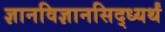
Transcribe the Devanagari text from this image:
ज्ञानविज्ञानसिद्ध्यर्थं